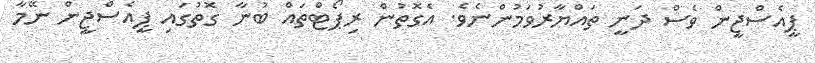
ޕީއެސްޖީން ވެސް ދަނީ ތައްޔާރުވަމުންނެވެ. އެގޮތުން ރިޕޯޓްތައް ބުނާ ގޮތުގައި ޕީއެސްޖީން ނޭމާ